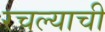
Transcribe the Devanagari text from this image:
रचल्याची